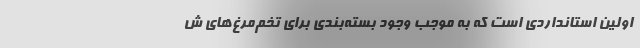
اولین استانداردی است که به موجب وجود بسته‌بندی برای تخم‌مرغ‌های ش